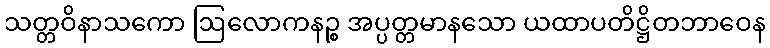
သတ္တဝိနာသကော ဩလောကနဉ္စ အပ္ပတ္တမာနသော ယထာပတိဋ္ဌိတဘာဝေန